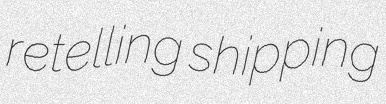
retelling shipping